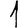
Digit: 1